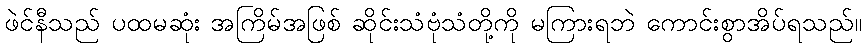
ဖဲင်နီသည် ပထမဆုံး အကြိမ်အဖြစ် ဆိုင်းသံဗုံသံတို့ကို မကြားရဘဲ ကောင်းစွာအိပ်ရသည်။